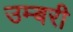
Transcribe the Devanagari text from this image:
उम्बरी